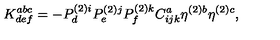
K _ { d e f } ^ { a b c } = - P _ { d } ^ { ( 2 ) i } P _ { e } ^ { ( 2 ) j } P _ { f } ^ { ( 2 ) k } C _ { i j k } ^ { a } \eta ^ { ( 2 ) b } \eta ^ { ( 2 ) c } ,